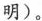
明)。